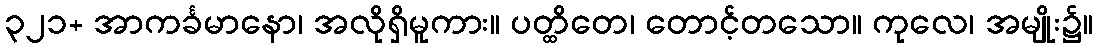
၃၂၁+ အာကင်္ခမာနော၊ အလိုရှိမူကား။ ပတ္ထိတေ၊ တောင့်တသော။ ကုလေ၊ အမျိုး၌။